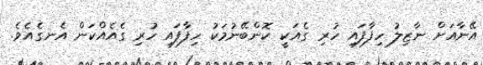
އޭނާއަށް ނާޒިލު ހިފާފައި ހުރި ގެއަކީ ކޮންބޭނުމަކު ހިފާފައި ހުރި ގެއެއްކަން އެނގެއެވެ.